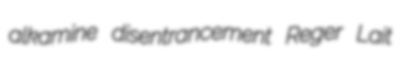
alkamine disentrancement Reger Lait